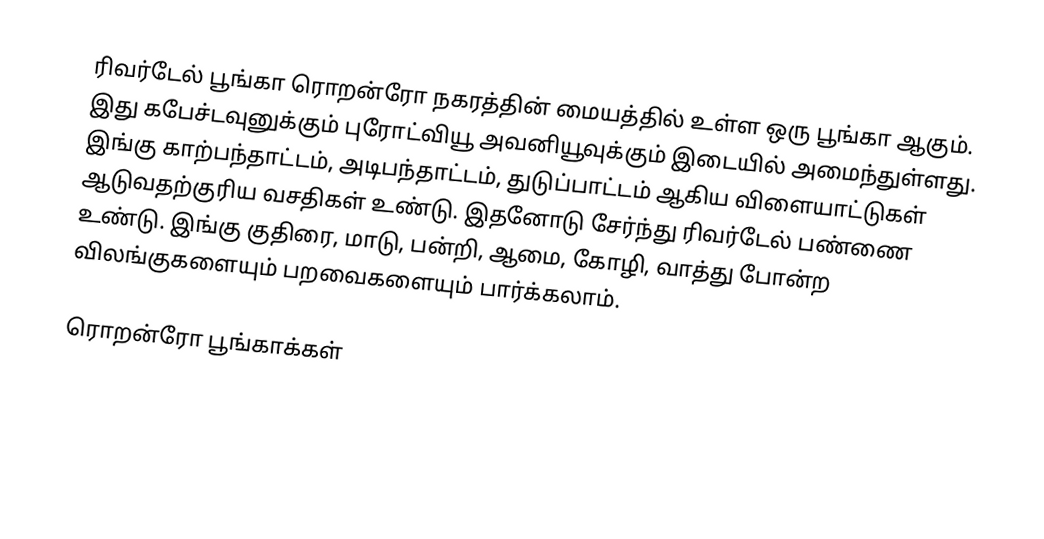
ரிவர்டேல் பூங்கா ரொறன்ரோ நகரத்தின் மையத்தில் உள்ள ஒரு பூங்கா ஆகும்.  இது கபேச்டவுனுக்கும் புரோட்வியூ அவனியூவுக்கும் இடையில் அமைந்துள்ளது.  இங்கு காற்பந்தாட்டம், அடிபந்தாட்டம், துடுப்பாட்டம் ஆகிய விளையாட்டுகள் ஆடுவதற்குரிய வசதிகள் உண்டு.  இதனோடு சேர்ந்து ரிவர்டேல் பண்ணை உண்டு.  இங்கு குதிரை, மாடு, பன்றி, ஆமை, கோழி, வாத்து போன்ற விலங்குகளையும் பறவைகளையும் பார்க்கலாம்.

ரொறன்ரோ பூங்காக்கள்